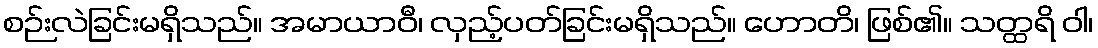
စဉ်းလဲခြင်းမရှိသည်။ အမာယာဝီ၊ လှည့်ပတ်ခြင်းမရှိသည်။ ဟောတိ၊ ဖြစ်၏။ သတ္ထရိ ဝါ၊